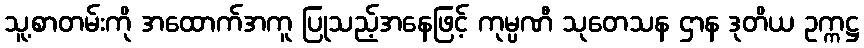
သူ့စာတမ်းကို အထောက်အကူ ပြုသည့်အနေဖြင့် ကုမ္ပဏီ သုတေသန ဌာန ဒုတိယ ဥက္ကဋ္ဌ